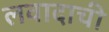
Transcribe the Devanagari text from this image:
लवादाची